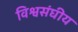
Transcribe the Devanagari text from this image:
विश्वसंघीय